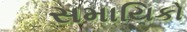
સમાયિકો